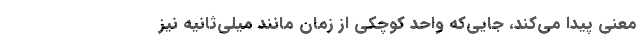
معنی پیدا می‌کند، جایی‌که واحد کوچکی از زمان مانند میلی‌ثانیه نیز